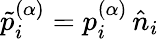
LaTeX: \tilde{p}_{i}^{(\alpha)}=p_{i}^{(\alpha)}\, \hat{n}_{i}